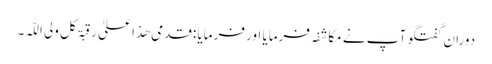
دوران گفتگو آپ نے مکاشفہ فرمایا اور فرمایا :قدمی ھذا علیٰ رقبۃ کل ولی اللّٰہ۔